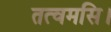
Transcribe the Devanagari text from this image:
तत्वमसि।